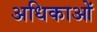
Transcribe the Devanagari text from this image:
अधिकाओं